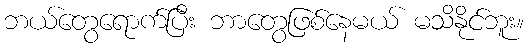
ဘယ်တွေရောက်ပြီး ဘာတွေဖြစ်နေမယ် မသိနိုင်ဘူး။